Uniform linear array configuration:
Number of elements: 24
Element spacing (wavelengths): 0.75
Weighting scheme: cosine
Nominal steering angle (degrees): -45
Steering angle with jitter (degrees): -44.968
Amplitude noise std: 0.05
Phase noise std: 0.05

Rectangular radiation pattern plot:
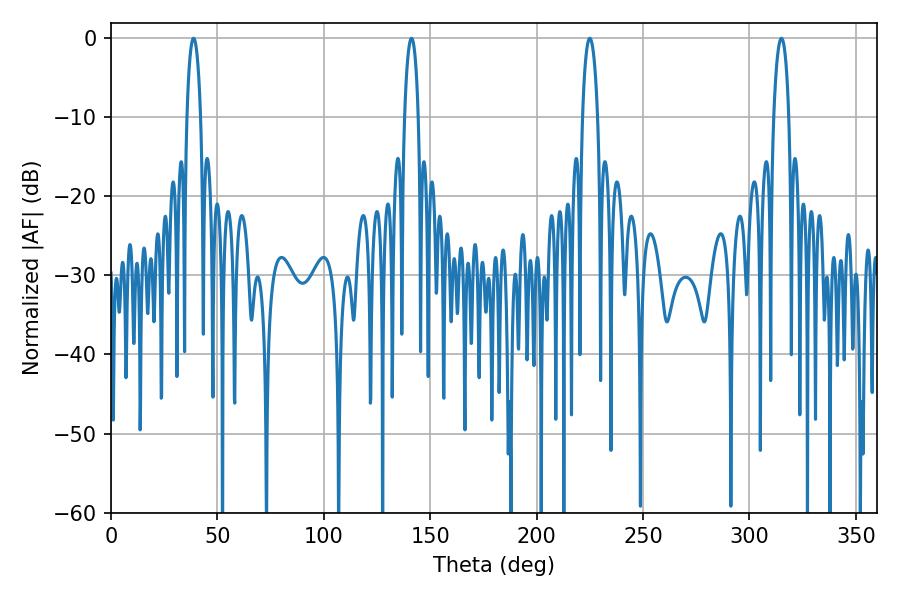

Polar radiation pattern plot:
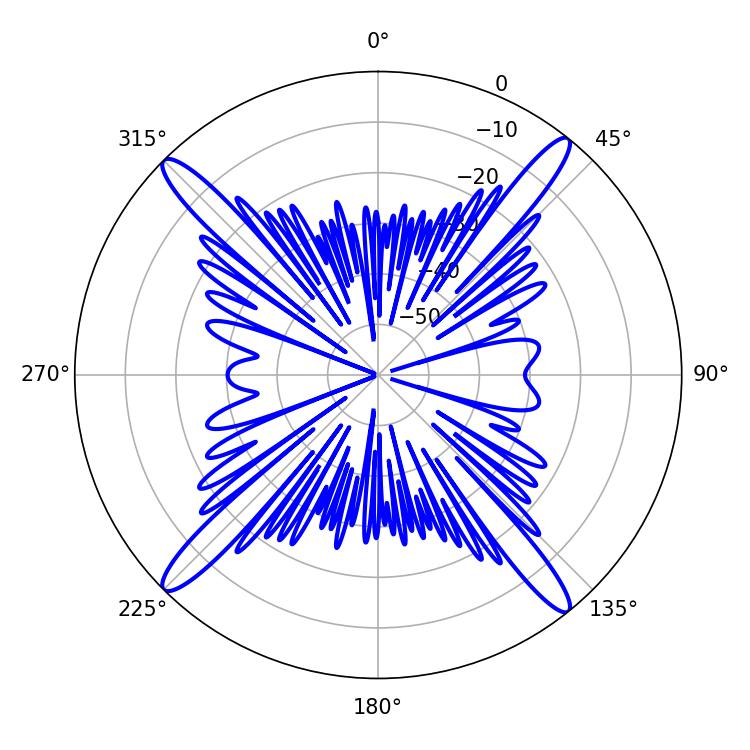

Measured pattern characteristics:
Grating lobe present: TRUE
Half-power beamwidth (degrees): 3.96
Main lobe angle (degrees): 225